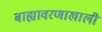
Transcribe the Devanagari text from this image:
बाह्यावरणाखाली